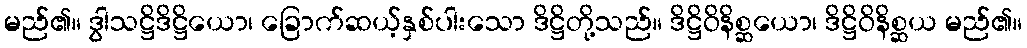
မည်၏။ ဒွါသဋ္ဌိဒိဋ္ဌိယော၊ ခြောက်ဆယ့်နှစ်ပါးသော ဒိဋ္ဌိတို့သည်။ ဒိဋ္ဌိဝိနိစ္ဆယော၊ ဒိဋ္ဌိဝိနိစ္ဆယ မည်၏။